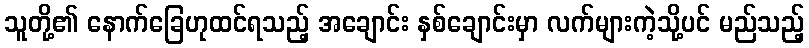
သူတို့၏ နောက်ခြေဟုထင်ရသည့် အချောင်း နှစ်ချောင်းမှာ လက်များကဲ့သို့ပင် မည်သည့်